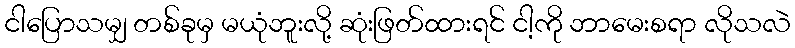
ငါပြောသမျှ တစ်ခုမှ မယုံဘူးလို့ ဆုံးဖြတ်ထားရင် ငါ့ကို ဘာမေးစရာ လိုသလဲ